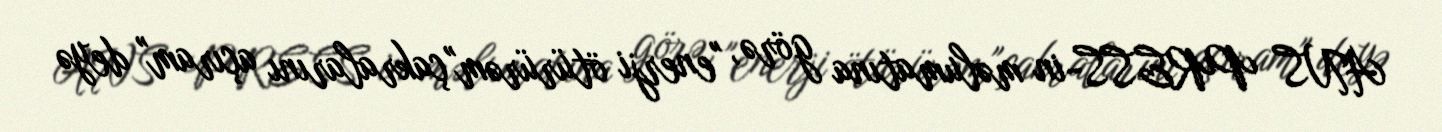
ANS PRESS-in məlumatına görə, "enerji ötürürəm"çakralarını açıram" deyə